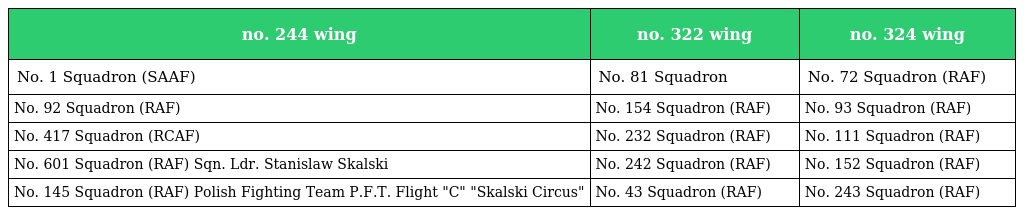
| no. 244 wing | no. 322 wing | no. 324 wing |
 | --- | --- | --- |
 | No. 1 Squadron (SAAF) | No. 81 Squadron | No. 72 Squadron (RAF) |
 | No. 92 Squadron (RAF) | No. 154 Squadron (RAF) | No. 93 Squadron (RAF) |
 | No. 417 Squadron (RCAF) | No. 232 Squadron (RAF) | No. 111 Squadron (RAF) |
 | No. 601 Squadron (RAF) Sqn. Ldr. Stanislaw Skalski | No. 242 Squadron (RAF) | No. 152 Squadron (RAF) |
 | No. 145 Squadron (RAF) Polish Fighting Team P.F.T. Flight "C" "Skalski Circus" | No. 43 Squadron (RAF) | No. 243 Squadron (RAF) |